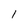
Character: 1